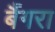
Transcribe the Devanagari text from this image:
बैंगरा